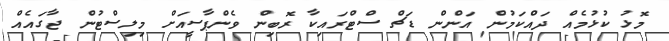
މޮޅު ކުޅުމެއް ދައްކަމުން އަންން ޑަޗް ސްޓްރައިކާ ރޮބިން ވެންޕާސީއަށް މިލިސްޓުން ޖާގައެއް